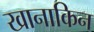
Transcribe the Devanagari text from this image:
खानाकिन